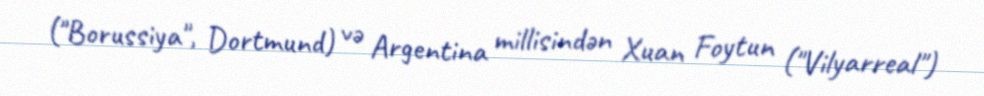
("Borussiya", Dortmund) və Argentina millisindən Xuan Foytun ("Vilyarreal")